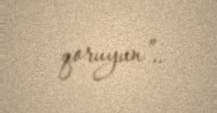
qoruyun”..